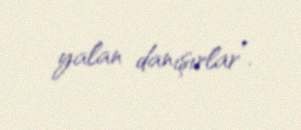
yalan danışırlar”.